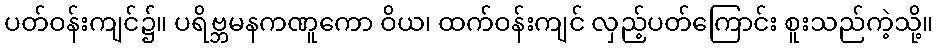
ပတ်ဝန်းကျင်၌။ ပရိဗ္ဘမနကဏူကော ဝိယ၊ ထက်ဝန်းကျင် လှည့်ပတ်ကြောင်း စူးသည်ကဲ့သို့။